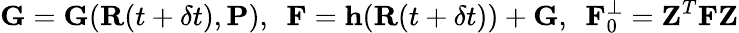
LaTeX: {\mathbf G}={\mathbf G}({\mathbf R}(t+\delta t),{\mathbf P}),~~{\mathbf F}={\mathbf h}({\mathbf R}(t+\delta t))+{\mathbf G},~~{\mathbf F}_{0}^{\perp}={\mathbf Z}^{T}{\mathbf F}{\mathbf Z}